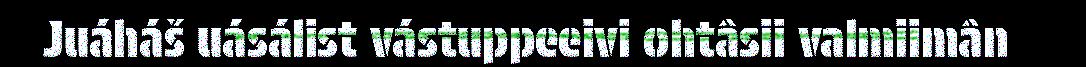
Juáháš uásálist vástuppeeivi ohtâsii valmiimân